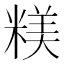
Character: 𥻙